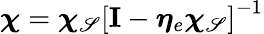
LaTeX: \boldsymbol{\chi}=\boldsymbol{\chi}_{\mathscr{S}}\left[\mathbf{{I}}-\boldsymbol{\eta}_{e}\boldsymbol{\chi}_{\mathscr{S}}\right]^{-1}